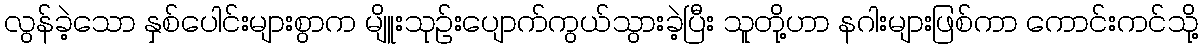
လွန်ခဲ့သော နှစ်ပေါင်းများစွာက မျိူးသုဉ်းပျောက်ကွယ်သွားခဲ့ပြီး သူတို့ဟာ နဂါးများဖြစ်ကာ ကောင်းကင်သို့